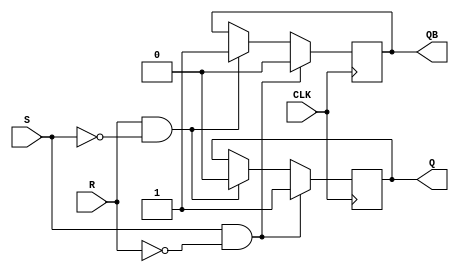
module SR_FF (
    input S, R, CLK,
    output reg Q, QB
);

always @(posedge CLK) begin
    if (S && !R) begin
        Q <= 1'b1;
        QB <= 1'b0;
    end else if (R && !S) begin
        Q <= 1'b0;
        QB <= 1'b1;
    end
end

endmodule